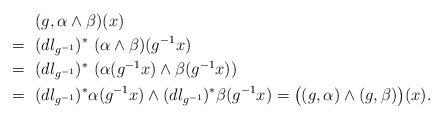
LaTeX: \begin{align*} &(g, \alpha \wedge \beta)(x) \\=~& (dl_{g^{-1}})^* ~(\alpha \wedge \beta)(g^{-1}x) \\=~& (dl_{g^{-1}})^* ~ ( \alpha (g^{-1}x) \wedge \beta (g^{-1}x)) \\=~& (dl_{g^{-1}})^* \alpha (g^{-1}x) \wedge (dl_{g^{-1}})^* \beta (g^{-1}x) = \big((g, \alpha) \wedge (g, \beta) \big)(x).\end{align*}